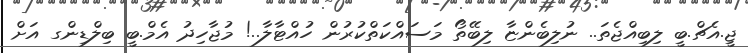
ޖީ.އެޗް.ބީ ލިބިއްޖެތަ.. ނުލިބެންޏާ ލިބޭތޯ މަސައްކަތްކުރުން ހުއްޓާލާ..! މުޖާހިދު އެމް.ބީ ބިލްޑިންގ އަށް